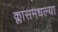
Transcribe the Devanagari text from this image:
क्लासमधल्या